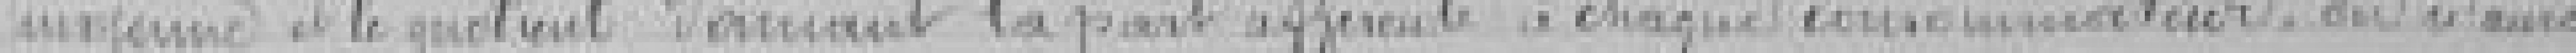
moyenne et le quotient donnant la part afférente à chaque consommateur, on n'aura